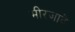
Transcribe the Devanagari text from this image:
मीरजादे